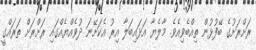
ރަށްރަށުގެ ބޭފުޅުން ތިއްބެވިއެވެ. މާލެޔާ އަޅައިބަލާ އިރު އެކަށޭނަ ދުވެއްޔެއްގައި ރަށްރަށް ތަރައްގީ